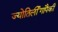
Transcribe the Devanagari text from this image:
ज्योतिर्लींगांपैकी